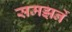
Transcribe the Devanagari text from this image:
समझनें